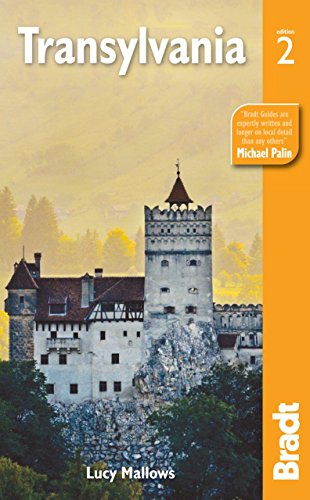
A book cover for Transylvania (Bradt Travel Guide); Lucinda Mallows; Travel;